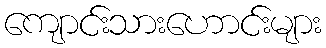
ကျောင်းသားဟောင်းများ